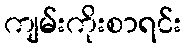
ကျမ်းကိုးစာရင်း